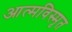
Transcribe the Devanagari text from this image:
आत्‍मविस्‍मृत